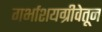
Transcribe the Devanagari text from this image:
गर्भाशयग्रीवेतून